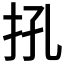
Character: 𢪬